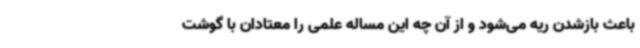
باعث بازشدن ریه می‌شود و از آن چه این مساله علمی را معتادان با گوشت